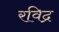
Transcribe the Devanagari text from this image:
रविद्र